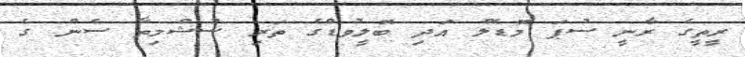
ރީތީގެ ރާނީ ސުޕަ މޮޑެލް އަދި ބޮލީވުޑްގެ ތަރި ސުޝްމިތާ ސެން ގެ